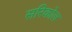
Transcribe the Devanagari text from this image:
सरिकोल